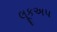
લૂકઅપ